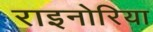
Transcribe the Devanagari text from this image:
राइनोरिया